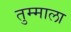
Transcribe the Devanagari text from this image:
तुम्माला